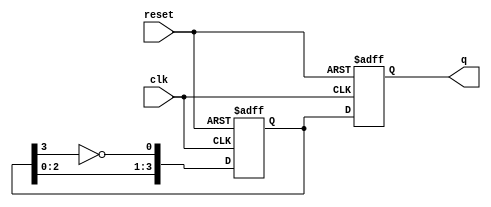
module gray_code_ring_counter (
    input wire clk,
    input wire reset,
    output reg [N-1:0] q
);

parameter N = 4; // Number of flip-flops in the ring counter

reg [N-1:0] d;

always @ (posedge clk or posedge reset) begin
    if (reset) begin
        d <= 0;
    end else begin
        d <= {d[N-2:0], ~d[N-1]};
    end
end

always @ (posedge clk or posedge reset) begin
    if (reset) begin
        q <= 0;
    end else begin
        q <= d;
    end
end

endmodule